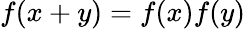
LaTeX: f(x+y)=f(x)f(y)